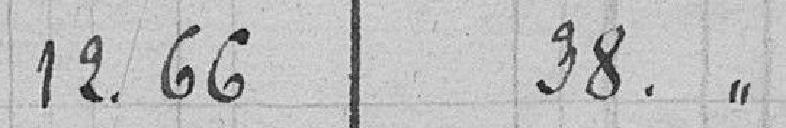
12.66 38